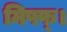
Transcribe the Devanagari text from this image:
मिफ्फ्।